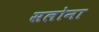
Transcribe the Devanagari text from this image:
सलोना